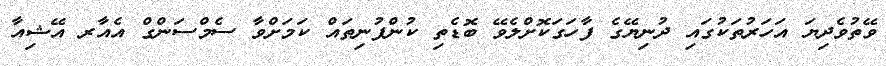
ވޭތުވެދިޔަ އަހަރުތަކުގައި ދުނިޔޭގެ ފާހަގަކޮށްލެވޭ ބޮޑެތި ކުންފުނިތައް ކަމަށްވާ ސެމްސަންގް އެއާރ އޭޝިއާ